Medical and sanitary report of the native army of Madras for the year
Year: 1878
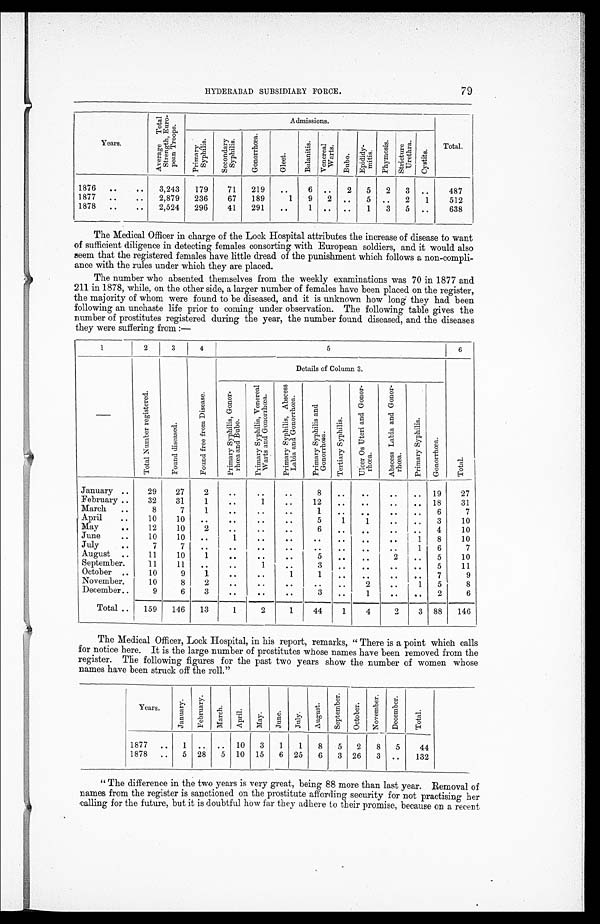
HYDERABAD SUBSIDIARY FORCE.
79
Years.
Ave r a ge Tot a l
St r e ngt h, Euo-
pe a n Tr oops .
Admissions.
Total.
Pr i ma r y
S y p h i l i s .
Secondar y
Syphi l i s.
Go n o r r h œa .
Gl eet .
Ba l a n i t i s . Venereal Warts. B u b o .
E p i d i d y -
mi t i s .
Phymosi s. St r i c t ur e
Ur et hr a.
Cy s t i t s .
1876
..
..
3,243
179
71
219
..
6 ..
2
5
2
3 ..
487
1877
..
..
2,879
236
67
189
1
9
2 ..
5 ..
2
1
512
1878
..
..
2,524
296
41
291
..
1 .. ..
1
3
5 ..
638
The Medical Officer in charge of the Lock Hospital attributes the increase of disease to want
of sufficient diligence in detecting females consorting with European soldiers, and it would also
seem that the registered females have little dread. of the punishment which follows a non-compli-
ance with the rules under which they are placed.
The number who absented themselves from the weekly examinations was 70 in 1877 and
211 in 1878, while, on the other side, a larger number of females have been placed on the register,
the majority of whom were found to be diseased, and it is unknown how long they had been
following an unchaste life prior to coming under observation. The following table gives the
number of prostitutes registered during the year, the number found diseased, and the diseases
they were suffering from :—
1
2
3
4
5
6
Details of Column 3.
______
T o t a l N u m b e r r e g i s t e r e d .
F o u n d d i s c e a s e d .
F o u n d f r e e f r o m D i s e a s e .
Pr i ma r y
S y p h i l i s G o n o r - r h œ a a n d B u b o .
Pr i mar y
S y p h i l i s V e n e r e a l
W a r t s a n d G o n o r r h œ a .
Pr i mar y
S y p h i l i s A b s c e s s
L a b i a a n d G o n o r r h œ a .
Pr i mar y
S y p h i l i s a n d G o n o r r h œ a .
T e r t i a r y S y p h i l i s .
U l s e r O s U t e r i a n d G o n o r r h œ a .
A b s c e s s L a b i a a n d G o n o r r h œ a .
Pri mary
Syphi l i s.
Go n o r r h œa .
Tot al .
January ..
29
27
2
..
. .
..
8
..
. .
..
.. 19
27
February ..
32
31
1
..
1
. .
12
. .
..
..
.. 18
31
March
..
8
7
1
. .
. .
..
1
. .
. .
. .
..
6
7
April..
1 0
10
. .
. .
. .
. .
5
1
1
..
. .
3
10
May
..
12
10 2
. . ..
..
. .
..
. .
. .
..
4
10
June
..
10
10
..
1
. .
. .
..
..
. .
. .
1
8
10
July
..
7
7
. . . .
. .
. .
. .
..
. .
. .
1
6
7
August ..
11
10
1
. .
. .
..
5
..
..
2
..
5
10
September.
11
11
..
..
1
..
3
..
. .
. .
..
5
11
October ..
10
9
1
. .
. .
1
1
. .
..
. .
..
7
9
November.
10
8
2
. .
..
..
. .
..
2
. .
1
5
8
December..
9
6
3
. .
. .
..
3
..
1
. .
..
2
6
Total ..
159
146
13
1
2
1
44
1
4
2
3 88
146
The Medical Officer, Lock Hospital, in his report, remarks, " There is a point which calls
for notice here. It is the large number of prostitutes whose names have been removed from the
register. The following figures for the past two years show the number of women whose
names have been struck off the roll."
Years.
January.
Febr uar y.
Ma r c h . April. Ma y . June.
July.
August .
S e p t e m b e r .
Oc t o b e r .
N o v e mb e r . D e c e m b e r .
Tot al .
1877 ..
1 .. .. 10
3
1
1
8
5
2
8
5
44
1878
..
5 28
5 10 15
6 25
6
3 26
3 ..
132
" The difference in the two years is very great, being 88 more than last year. Removal of
names from the register is sanctioned on the prostitute affording security for not practising her
calling for the future, but it is doubtful how far they adhere to their promise, because on a recent